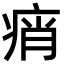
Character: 痟